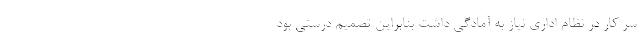
سر کار در نظام اداری نیاز به آمادگی داشت بنابراین تصمیم درستی بود